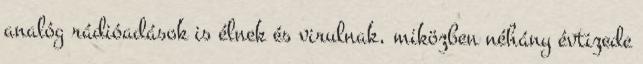
analóg rádióadások is élnek és virulnak, miközben néhány évtizede